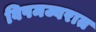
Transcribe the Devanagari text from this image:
विषमज्वरात